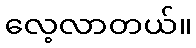
လေ့လာတယ်။